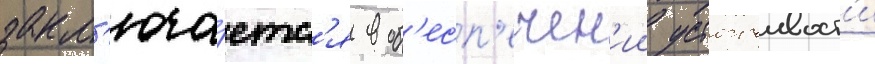
закл'юча́етс'я в об'есп'ечен'ии устоичивост'и